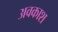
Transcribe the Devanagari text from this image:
अवकाश्‍ा